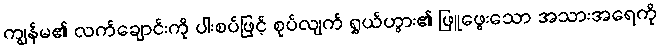
ကျွန်မ၏ လက်ချောင်းကို ပါးစပ်ဖြင့် စုပ်လျက် ရွှယ်ဟွား၏ ဖြူဖွေးသော အသားအရေကို